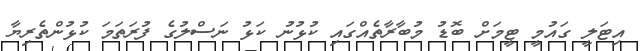
އިޓަލީ ގައުމީ ޓީމަށް ބޮޑު މުބާރާތެއްގައި ކުޅުނު ކަޅު ނަސްލުގެ ފުރަތަމަ ކުޅުންތެރިޔާ